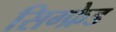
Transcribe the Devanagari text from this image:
सिग्फ्रेड